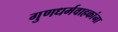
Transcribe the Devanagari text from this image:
गुणधर्मवाहकांना